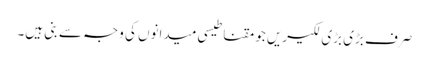
صرف بڑی بڑی لکیریں جو مقناطیسی میدانوں کی وجہ سے بنی ہیں۔